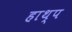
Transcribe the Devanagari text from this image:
हाथ्प